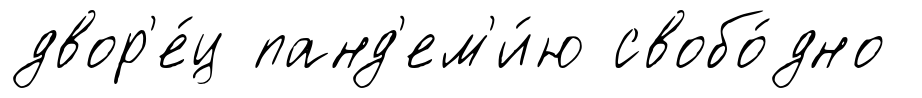
двор'е́ц панд'ем'и́ю свобо́дно